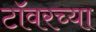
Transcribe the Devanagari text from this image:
टाॅवरच्या